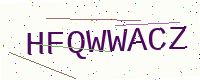
Text: HFQWWACZ